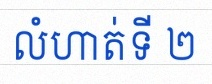
លំហាត់ទី ២